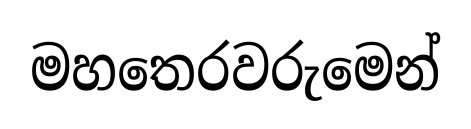
මහතෙරවරුමෙන්